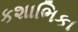
કશાભિકા